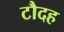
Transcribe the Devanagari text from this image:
टौदह